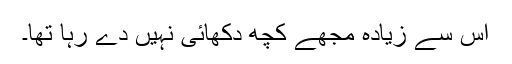
اس سے زیادہ مجھے کچھ دکھائی نہیں دے رہا تھا۔